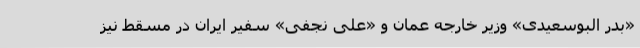
«بدر البوسعیدی» وزیر خارجه عمان و «علی نجفی» سفیر ایران در مسقط نیز